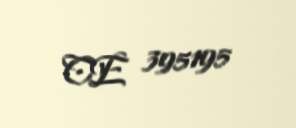
CE 395195